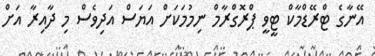
އޭނާގެ ޓްރޭޑްމާކް ޓީވީ ޕްރޮގްރާމް ނިމުމަކަށް އަޔަސް އަދިވެސް މި ދާއިރާ އަށް